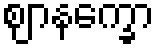
ဈာနက္ခော